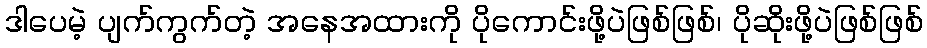
ဒါပေမဲ့ ပျက်ကွက်တဲ့ အနေအထားကို ပိုကောင်းဖို့ပဲဖြစ်ဖြစ်၊ ပိုဆိုးဖို့ပဲဖြစ်ဖြစ်